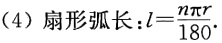
(4) 扇形弧长：\(l = \frac{n\pi r}{180}\)